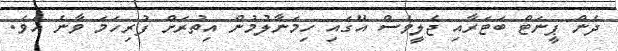
ދެން ޕީނަޓް ބަޓަރާއި ޖެލީވެސް އޭގައި ހިމަނާލުމުން އިތުރަށް ފުރިހަމަ ވާނެ އެވެ.